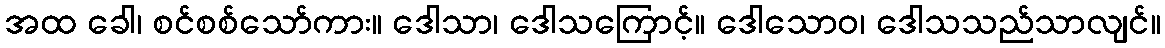
အထ ခေါ၊ စင်စစ်သော်ကား။ ဒေါသာ၊ ဒေါသကြောင့်။ ဒေါသောဝ၊ ဒေါသသည်သာလျင်။